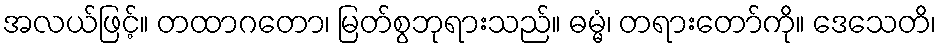
အလယ်ဖြင့်။ တထာဂတော၊ မြတ်စွဘုရားသည်။ ဓမ္မံ၊ တရားတော်ကို။ ဒေသေတိ၊